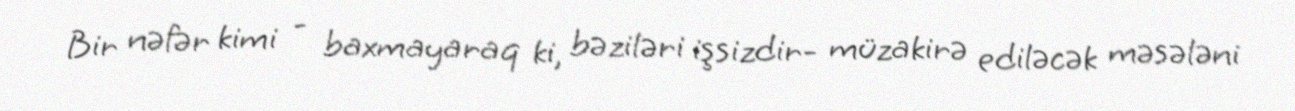
Bir nəfər kimi - baxmayaraq ki, bəziləri işsizdir- müzakirə ediləcək məsələni